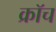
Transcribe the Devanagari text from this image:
क्रॉच